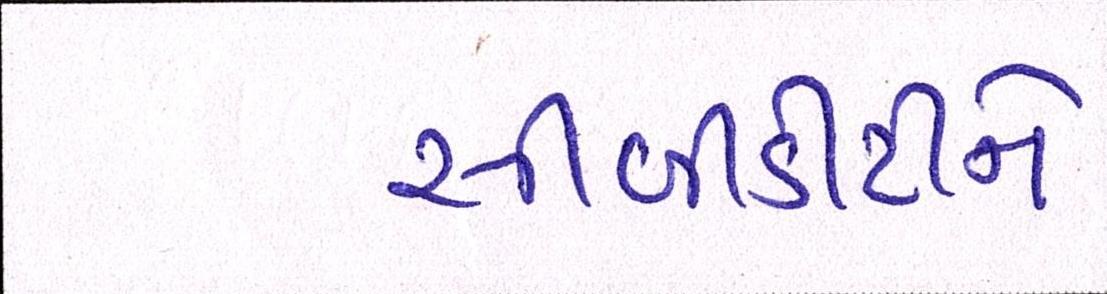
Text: સીબીડીટીને